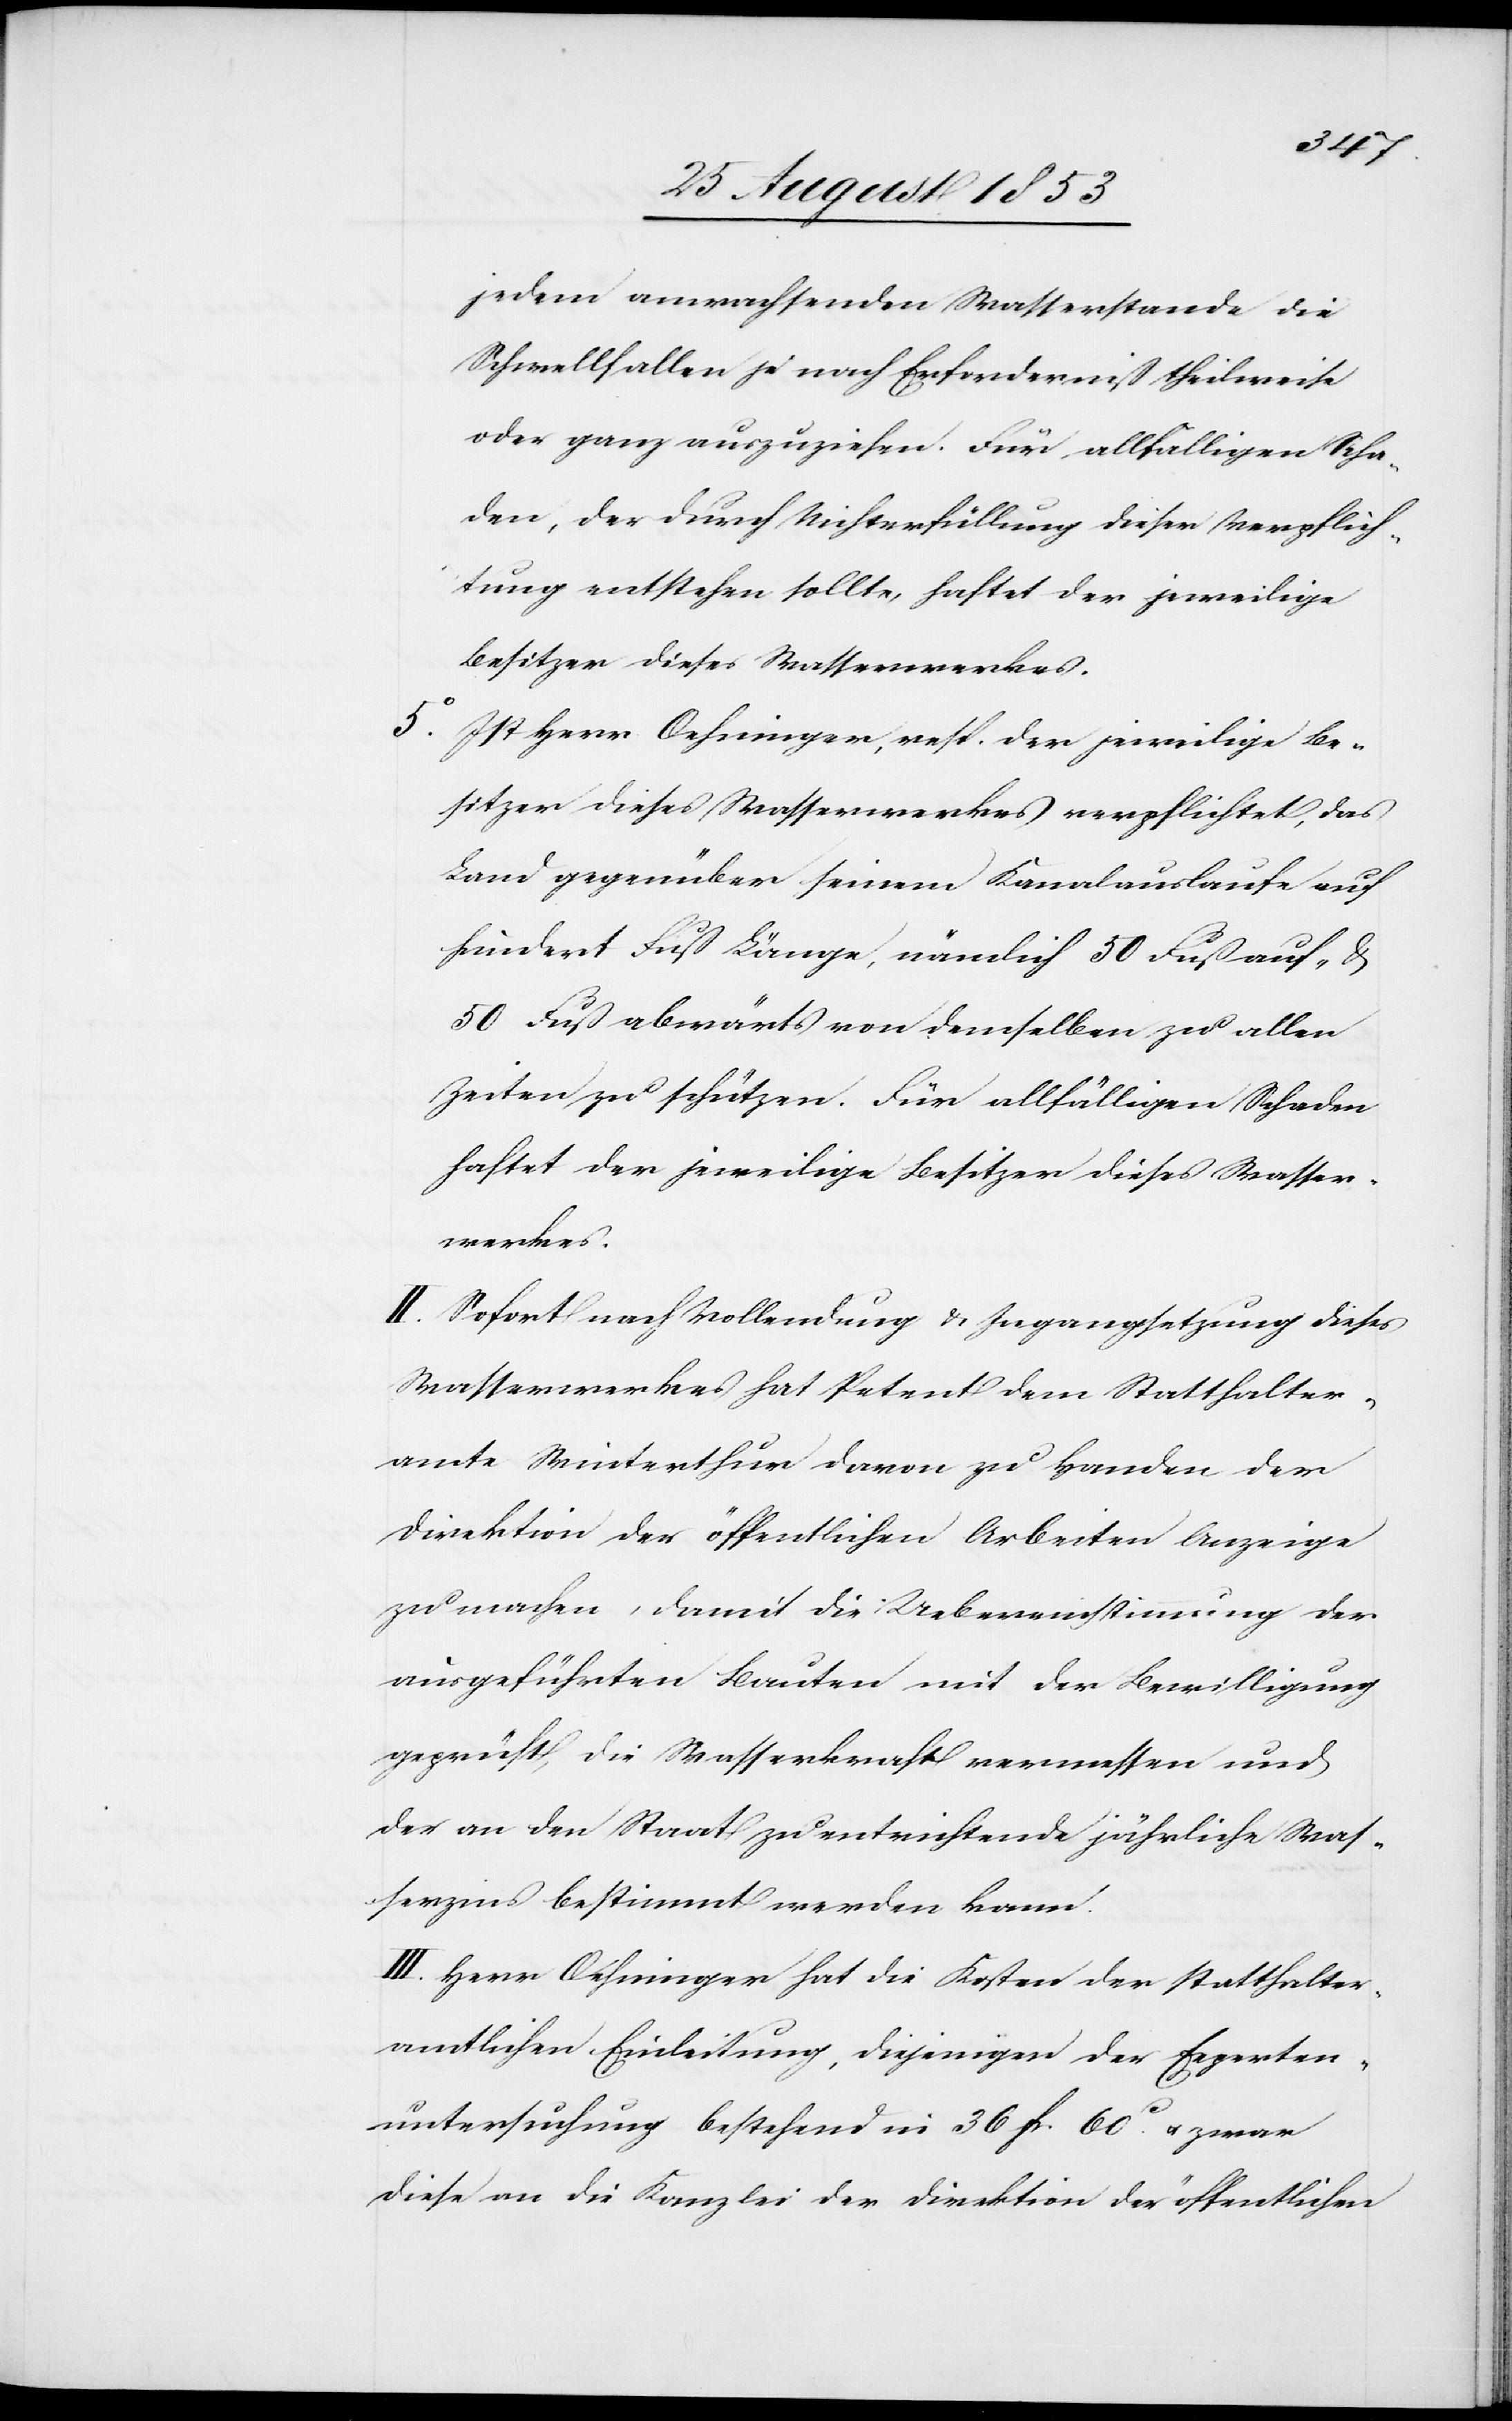
jedem anwachsenden Wasserstande die
Schwellfallen je nach Erforderniß theilweise
oder ganz auszuziehen. Für allfälligen Scha¬
den, der durch Nichterfüllung dieser Verpflich¬
tung entstehen sollte, haftet der jeweilige
Besitzter dieses Wasserwerkes.
Ist Herr Oehninger, resp. der jeweilige Be¬
sitzer dieses Wasserwerkes verpflichtet, das
Land gegenüber seinem Kanalauslaufe auf
hundert Fuß Länge, nämlich 50 Fuß auf- u.
50 Fuß abwärts von demselben zu allen
Zeiten zu schützen. Für allfälligen Schaden
haftet der jeweilige Besitzer dieses Waßer¬
werkes.
II. Sofort nach Vollendung u. Ingangsetzung dieses
Wasserwerkes hat Petent dem Statthalter¬
amte Winterthur davon zu Handen der
Direktion der öffentlichen Arbeiten Anzeige
zu machen, damit die Uebereinstimmung der
ausgeführten Bauten mit der Bewilligung
geprüft, die Wasserkraft vermessen und
der an den Staat zu entrichtende jährliche Was¬
serzins bestimmt werden kann.
III. Herr Oehninger hat die Kosten der statthalter¬
amtlichen Einleitung, diejenigen der Experten¬
untersuchung bestehend in 36 fr. 60c u. zwar
diese an die Kanzlei der Direktion der öffentlichen